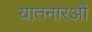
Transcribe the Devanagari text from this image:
यातनारओं